Civil Veterinary Dept. Assam report 1927-50 - 1927-1950
Year: 1927
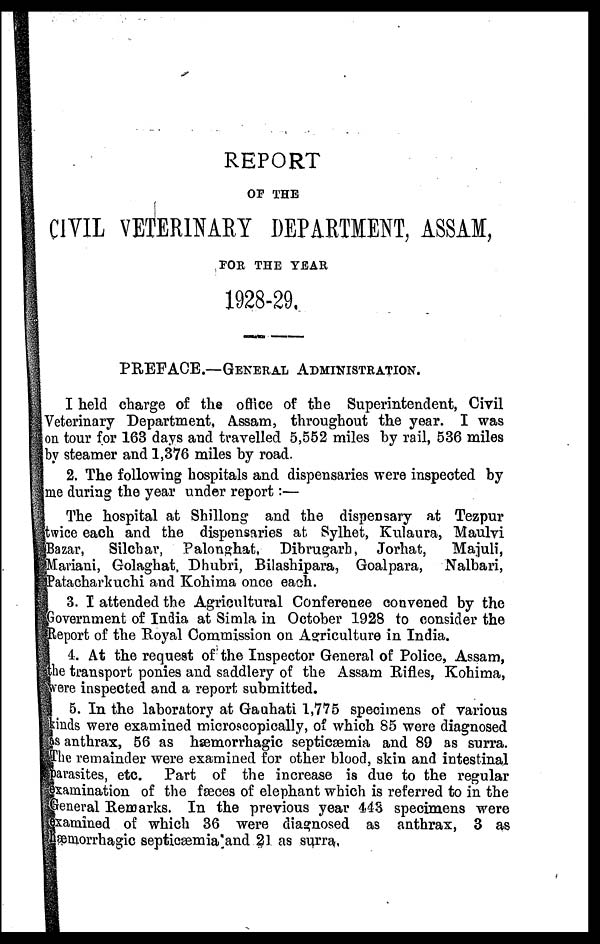
REPORT
OF THE
CIVIL VETERINARY DEPARTMENT, ASSAM,
FOR THE YEAR
1928-29.
PREFACE.—GENERAL ADMINISTRATION.
I held charge of the office of the Superintendent, Civil
Veterinary Department, Assam, throughout the year. I was
on tour for 163 days and travelled 5,552 miles by rail, 536 miles
by steamer and 1,376 miles by road.
2. The following hospitals and dispensaries were inspected by
me during the year under report:—
The hospital at Shillong and the dispensary at Tezpur
twice each and the dispensaries at Sylhet, Kulaura, Maulvi
Bazar, Silchar, Palonghat, Dibrugarb, Jorhat,
Majuli,
Mariani, Golaghat, Dhubri, Bilashipara, Goalpara, Nalbari,
Patacharkuchi and Kohima once each.
3. 1 attended the Agricultural Conference convened by the
Government of India at Simla in October 1928 to consider the
Report of the Royal Commission on Agriculture in India.
4. At the request of the Inspector General of Police, Assam,
the transport ponies and saddlery of the Assam Rifles, Kohima,
were inspected and a report submitted.
5. In the laboratory at Gauhati 1,775 specimens of various
kinds were examined microscopically, of which 85 were diagnosed
as anthrax, 56 as hæmorrhagic septicæmia and 89 as surra.
The remainder were examined for other blood, skin and intestinal
parasites, etc. Part of the increase is due to the regular
examination of the faeces of elephant which is referred to in the
General Remarks. In the previous year 443 specimens were
examined of which 36 were diagnosed as anthrax, 3 as
hæmorrhagic septicæmia and 21 as surra.